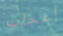
إعجاب